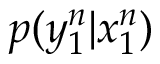
p ( y _ { 1 } ^ { n } | x _ { 1 } ^ { n } )